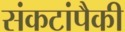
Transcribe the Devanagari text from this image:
संकटांपैकी